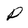
Character: P